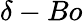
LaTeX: \delta-Bo